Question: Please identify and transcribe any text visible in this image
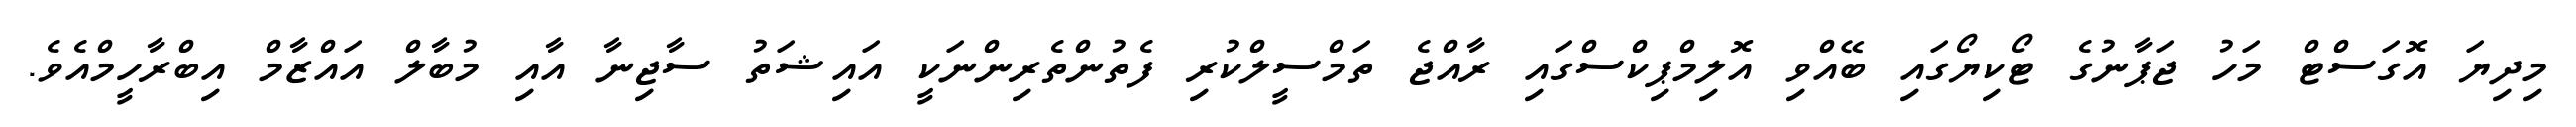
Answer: މިދިޔަ އޮގަސްޓް މަހު ޖަޕާނުގެ ޓޯކިޔޯގައި ބޭއްވި އޮލިމްޕިކްސްގައި ރާއްޖެ ތަމްސީލްކުރި ފެތުންތެރިންނަކީ އައިޝަތު ސާޖިނާ އާއި މުބާލް އައްޒާމް އިބްރާހީމްއެވެ.